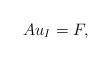
LaTeX: \begin{align*}A u_I= F, \end{align*}